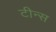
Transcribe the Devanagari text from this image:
टीन्स